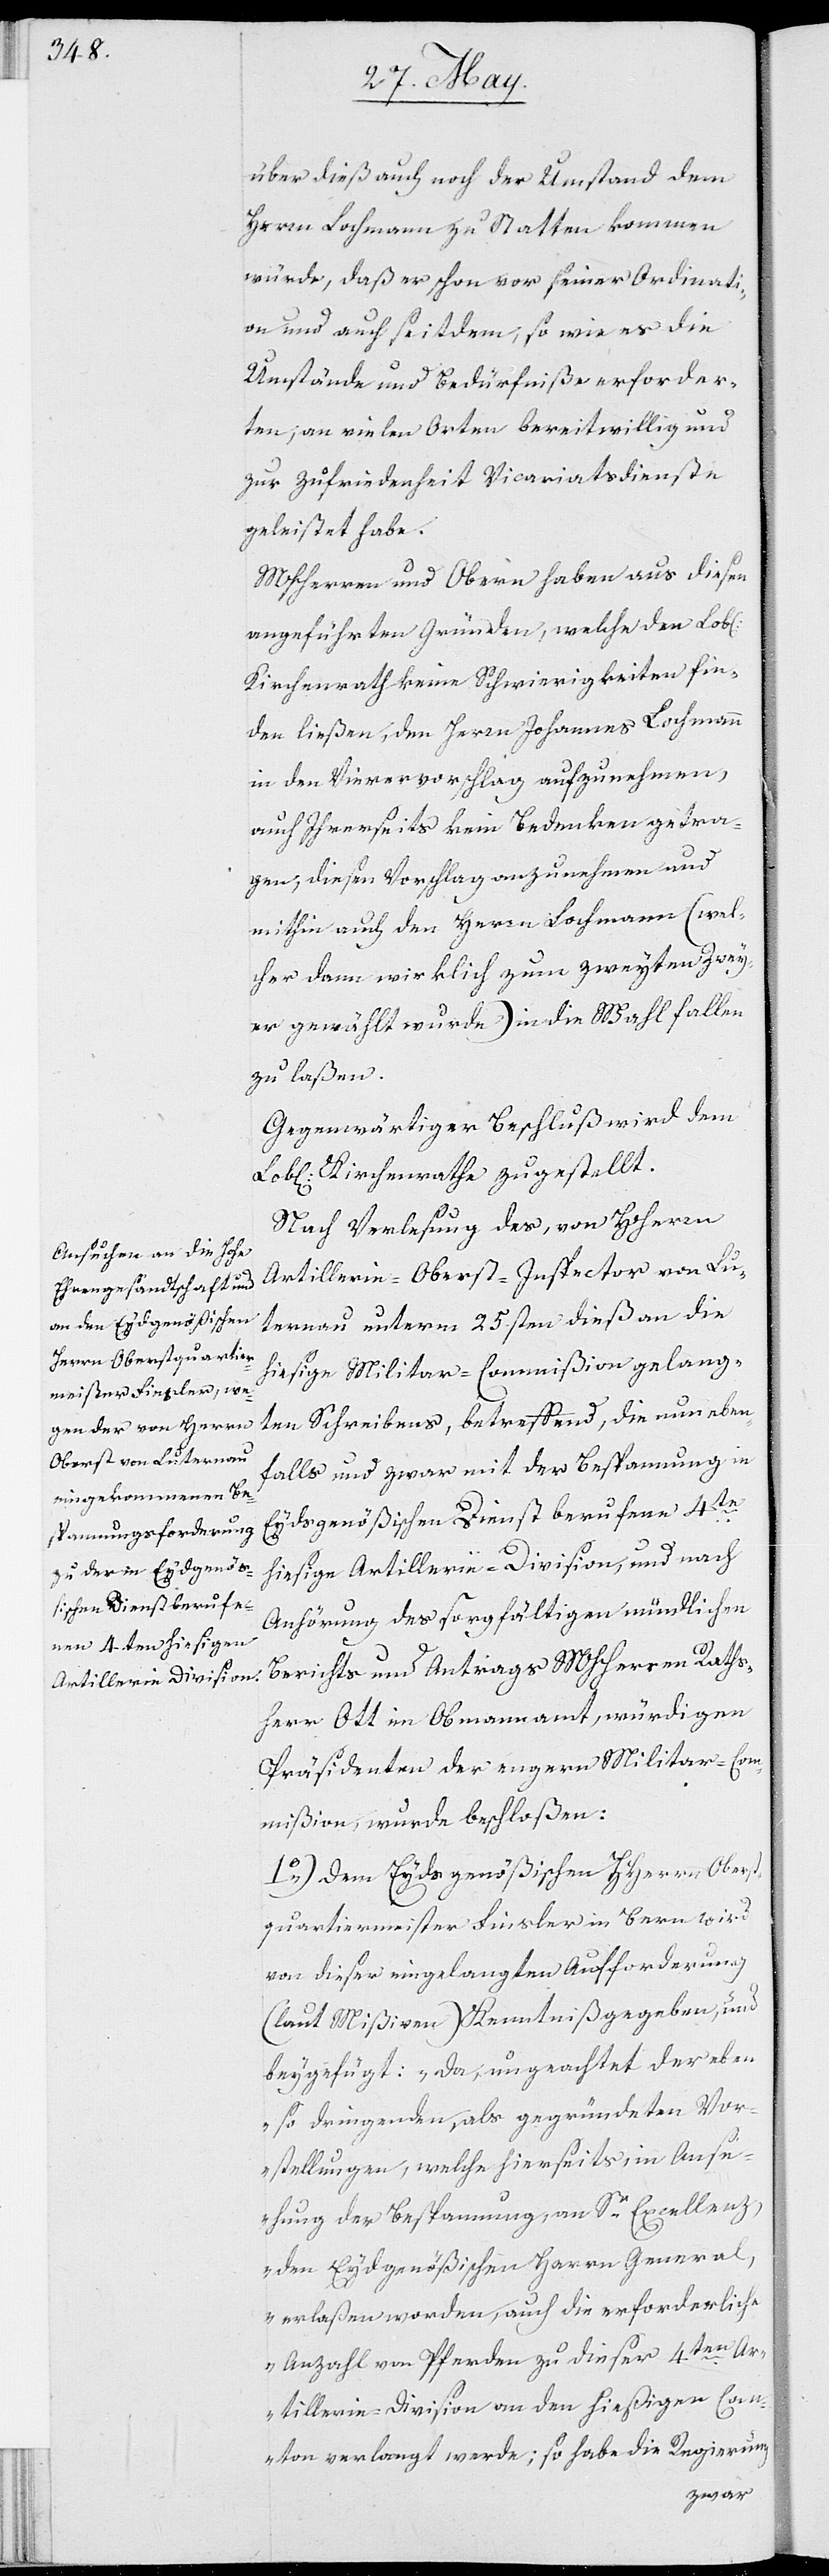
Rath¬

über dieß auch noch der Umstand dem
Herrn Lochmann zu Statten kommen
würde, daß er schon vor seiner Ordinati¬
on und auch seitdem; so wie es die
Umstände und Bedürfniße erforder¬
ten; an vielen Orten bereitwillig und
zur Zufriedenheit Vicariatsdienste
geleistet habe.
MHHerren und Obern haben aus diesen
angeführten Gründen, welche den Lobl.
Kirchenrath keine Schwierigkeiten fin¬
den ließen, den Herrn Johannes Lochmann
in den Vierervorschlag aufzunehmen,
auch Ihrerseits kein Bedenken getra¬
gen, diesen Vorschlag anzunehmen und
mithin auch den Herrn Lochmann (wel¬
cher dann wirklich zum zweyten Zwey¬
er gewählt wurde) in die Wahl fallen
zu laßen.
Gegenwärtiger Beschluß wird dem
Lobl. Kirchenrath zugestellt.
Nach Verlesung des, von HHerrn
Artillerie-Oberst-Inspector von Lu¬
ternau unterm 25sten dieß an die
hiesige Militar-Commißion gelang¬
ten Schreibens, betreffend, die nun eben¬
falls und zwar mit der Bespannung in
Eydsgenößischen Dienst berufene 4te
hiesige Artillerie-Division, und nach
Anhörung des sorgfältigen mündlichen
sherr Ott im Obmannamt, würdigen
Präsidenten der engern Militar-Com¬
mißion, wurde beschloßen:
1.) Dem Eydsgenößischen HHerrn Oberst¬
quartiermeister Finsler in Bern wird
von dieser eingelangten Aufforderung
(laut Mißiven) Kenntniß gegeben, und
beygefügt: „Da, ungeachtet der eben
so dringenden, als gegründeten Vor¬
stellungen, welche hierseits, in Ans¬
ehung der Bespannung, an Se. Excellenz,
den Eydsgenößischen Herrn General,
erlaßen worden, auch die erforderliche
Anzahl von Pferden zu dieser 4ten Ar¬
tillerie-Division an den hiesigen Ca¬
nton verlangt werde; so habe die Regierung